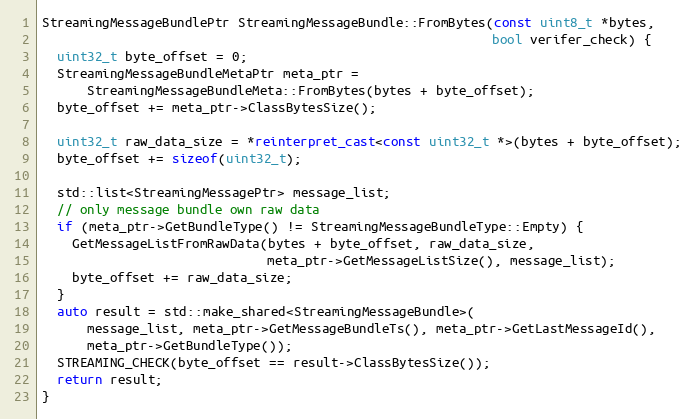
Language: C++
StreamingMessageBundlePtr StreamingMessageBundle::FromBytes(const uint8_t *bytes,
                                                            bool verifer_check) {
  uint32_t byte_offset = 0;
  StreamingMessageBundleMetaPtr meta_ptr =
      StreamingMessageBundleMeta::FromBytes(bytes + byte_offset);
  byte_offset += meta_ptr->ClassBytesSize();

  uint32_t raw_data_size = *reinterpret_cast<const uint32_t *>(bytes + byte_offset);
  byte_offset += sizeof(uint32_t);

  std::list<StreamingMessagePtr> message_list;
  // only message bundle own raw data
  if (meta_ptr->GetBundleType() != StreamingMessageBundleType::Empty) {
    GetMessageListFromRawData(bytes + byte_offset, raw_data_size,
                              meta_ptr->GetMessageListSize(), message_list);
    byte_offset += raw_data_size;
  }
  auto result = std::make_shared<StreamingMessageBundle>(
      message_list, meta_ptr->GetMessageBundleTs(), meta_ptr->GetLastMessageId(),
      meta_ptr->GetBundleType());
  STREAMING_CHECK(byte_offset == result->ClassBytesSize());
  return result;
}